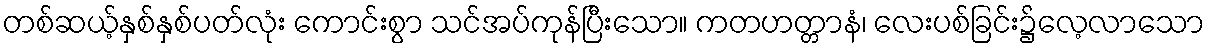
တစ်ဆယ့်နှစ်နှစ်ပတ်လုံး ကောင်းစွာ သင်အပ်ကုန်ပြီးသော။ ကတဟတ္တာနံ၊ လေးပစ်ခြင်း၌လေ့လာသော